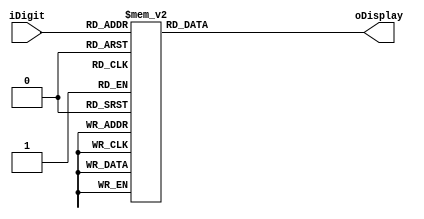
module display7
(
	iDigit, 		// Dgito de entrada 
	oDisplay		// Sada para o display
);

input wire [3:0] iDigit;
output reg [6:0] oDisplay;

always @(iDigit) begin
	case (iDigit)
	  4'h0: oDisplay = 7'b1000000;
	  4'h1: oDisplay = 7'b1111001;     // ---a(0)---
	  4'h2: oDisplay = 7'b0100100;     // |      |
	  4'h3: oDisplay = 7'b0110000;     // f(5)   b(1)
	  4'h4: oDisplay = 7'b0011001;     // |      |
	  4'h5: oDisplay = 7'b0010010;     // ---g(6)-
	  4'h6: oDisplay = 7'b0000010;     // |      |
	  4'h7: oDisplay = 7'b1111000;     // e(4)   c(2)
	  4'h8: oDisplay = 7'b0000000;     // |      |
	  4'h9: oDisplay = 7'b0011000;     // ---d(3)--
	  4'ha: oDisplay = 7'b0001000;
	  4'hb: oDisplay = 7'b0000011;
	  4'hc: oDisplay = 7'b1000110;
	  4'hd: oDisplay = 7'b0100001;
	  4'he: oDisplay = 7'b0000110;
	  4'hf: oDisplay = 7'b0001110;
	endcase
end

endmodule